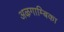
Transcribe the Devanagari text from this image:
अऴगाम्बिका